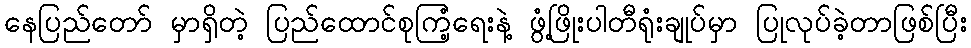
နေပြည်တော် မှာရှိတဲ့ ပြည်ထောင်စုကြံ့ရေးနဲ့ ဖွံ့ဖြိုးပါတီရုံးချုပ်မှာ ပြုလုပ်ခဲ့တာဖြစ်ပြီး